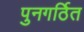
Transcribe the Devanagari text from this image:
पुनगर्ठित